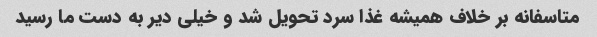
متاسفانه بر خلاف همیشه غذا سرد تحویل شد و خیلی دیر به دست ما رسید